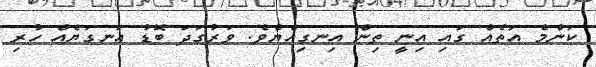
ކަންމެ އަތެއް ގައި އިނީ ތިން އިނގިއްޔެވެ. ވަރުގަދަ ބޮޑު އަނގަޔެއް ހުރި